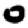
Digit: 0